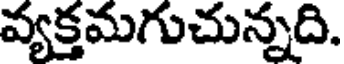
వ్యక్తమగుచున్నది.